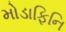
મોડાફિનિ